Annual administration report of the Civil Veterinary Department of India - 1897-1898
Year: 1897
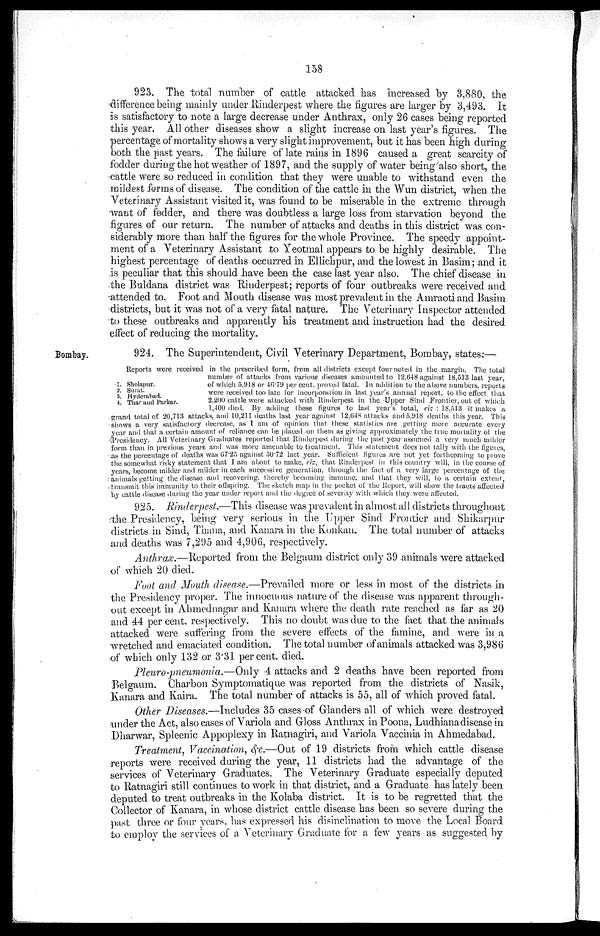
158
923. The total number of cattle attacked has increased by 3,880, the
difference being mainly under Rinderpest where the figures are larger by 3,493. It
is satisfactory to note a large decrease under Anthrax, only 26 cases being reported
this year. All other diseases show a slight increase on last year's figures. The
percentage of mortality shows a very slight improvement, but it has been high during
both the past years. The failure of late rains in 1896 caused a great scarcity of
fodder during the hot weather of 1897, and the supply of water being also short, the
cattle were so reduced in condition that they were unable to withstand even the
mildest forms of disease. The condition of the cattle in the Wun district, when the
Veterinary Assistant visited it, was found to be miserable in the extreme through
want of fodder, and there was doubtless a large loss from starvation beyond the
figures of our return. The number of attacks and deaths in this district was con-
siderably more than half the figures for the whole Province. The speedy appoint-
ment of a Veterinary Assistant to Yeotmal appears to be highly desirable. The
highest percentage of deaths occurred in Ellichpur, and the lowest in Basim; and it
is peculiar that this should have been the case last year also. The chief disease in
the Buldana district was Rinderpest; reports of four outbreaks were received and
attended to. Foot and Mouth disease was most prevalent in the Amraoti and Basim
districts, but it was not of a very fatal nature. The Veterinary Inspector attended
to these outbreaks and apparently his treatment and instruction had the desired
effect of reducing the mortality.
Bombay.
924. The Superintendent, Civil Veterinary Department, Bombay, states:—
Reports were received in the prescribed form, from all districts except four noted in the margin. The total
number of attacks from various diseases amounted to 12.648 against 18,513 last year,
of which 5.918 or 46.79 per cent. proved fatal. In addition to the above numbers, reports
were received too late for incorporation in last year's annual report, to the effect that
2.200 cattle were attacked with Rinderpest in the Upper Sind Frontier, out of which
1,400 died. By adding these figures to last year's total, viz: 18,513 it makes a
grand total of 20,713 attacks, and 10,211 deaths last year against 12,648 attacks and 5,918 deaths this year. This
shows a very satisfactory decrease, as I am of opinion that these statistics are getting more accurate every
year and that a certain amount of reliance can be placed on them as giving approximately the true mortality of the
Presidency. All Veterinary Graduates reported that. Rinderpest during the past year assumed a very much milder
form than in previous years and was more amenable to treatment. This statement does not tally with the figures,
as the percentage of deaths was 67.25 against 50.72 last year. Sufficient figures are not yet forthcoming to prove
the somewhat risky statement that I am about to make, viz, that Rinderpest in this country will, in the course of
years, become milder and milder in each successive generation, through the fact of a very large percentage of the
animals getting the disease and recovering, thereby becoming immune, and that they will, to a certain extent,
transmit this immunity to their offspring. The sketch map in the pocket of the Report, will show the tracts affected
by cattle disease during the year under report and the degree of severity with which they were affected.
1. Sholapur.
2. Sural.
3. Hyderabad.
4. Thar and Parkar.
925. Rinderpest.—This disease was prevalent in almost all districts throughout
the Presidency, being very serious in the Upper Sind Frontier and Shikarpur
districts in Sind, Thana, and Kanara in the Konkan. The total number of attacks
and deaths was 7,295 and 4,906, respectively.
Anthrax.—Reported from the Belgaum district only 39 animals were attacked
of which 20 died.
Foot and Mouth disease.—Prevailed more or less in most of the districts in
the Presidency proper. The innocuous nature of the disease was apparent through-
out except in Ahmednagar and Kanara where the death rate reached as far as 20
and 44 per cent. respectively. This no doubt was due to the fact that the animals
attacked were suffering from the severe effects of the famine, and were in a
wretched and emaciated condition. The total number of animals attacked was 3,986
of which only 132 or 3.31 per cent. died.
Pleuro-pneumonia.—Only 4 attacks and 2 deaths have been reported from
Belgaum. Charbon Symptomatique was reported from the districts of Nasik,
Kanara and Kaira. The total number of attacks is 55, all of which proved fatal.
Other Diseases.—Includes 35 cases of Glanders all of which were destroyed
under the Act, also cases of Variola and Gloss Anthrax in Poona, Ludhiana disease in
Dharwar, Spleenic Appoplexy in Ratnagiri, and Variola Vaccinia in Ahmedabad.
Treatment, Vaccination, &c.—Out of 19 districts from which cattle disease
reports were received during the year, 11 districts had the advantage of the
services of Veterinary Graduates. The Veterinary Graduate especially deputed
to Ratnagiri still continues to work in that district, and a Graduate has lately been
deputed to treat outbreaks in the Kolaba district. It is to be regretted that the
Collector of Kanara, in whose district cattle disease has been so severe during the
past three or four years, has expressed his disinclination to move the Local Board
to employ the services of a Veterinary Graduate for a few years as suggested by